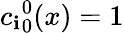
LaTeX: {c_{\mathbf{i}}}_{0}^{0}(x)=1